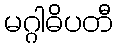
မဂ္ဂါဓိပတီ